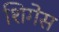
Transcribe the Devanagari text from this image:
शिगेस